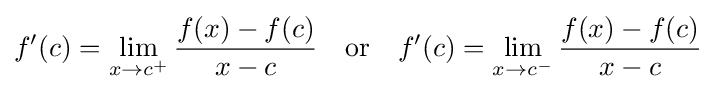
f'(c)=\lim _{x\to c^{+}}{\frac {f(x)-f(c)}{x-c}}\quad {\text{or}}\quad f'(c)=\lim _{x\to c^{-}}{\frac {f(x)-f(c)}{x-c}}